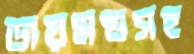
ডায়মন্ডসহ